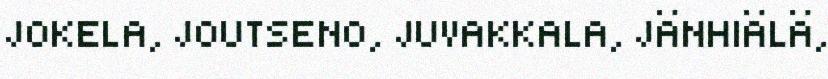
JOKELA, JOUTSENO, JUVAKKALA, JÄNHIÄLÄ,